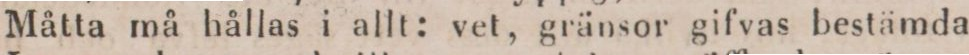
Måtta må hållas i allt: vet, gränsor gifvas bestämda,